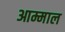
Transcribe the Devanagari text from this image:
आम्माल